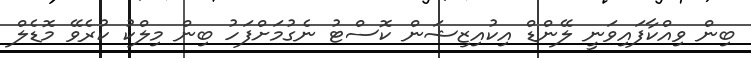
ބިން ވިއްކާފައިވަނީ ލޭންޑް އިކުއިޒިޝަން ކޮސްޓު ނެގުމަށްފަހު ބިން މިލްކު ކުރެވޭ މޮޑެލް